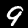
Digit: 9